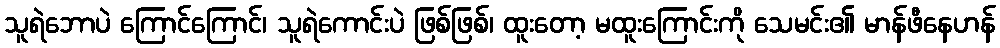
သူရဲဘောပဲ ကြောင်ကြောင်၊ သူရဲကောင်းပဲ ဖြစ်ဖြစ်၊ ထူးတော့ မထူးကြောင်းကို သေမင်း၏ မာန်ဖီနေဟန်